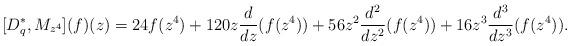
LaTeX: \begin{align*} [D^{*}_{q},M_{z^4}](f)(z)=24f(z^4)+120z\frac{d}{dz}(f(z^4))+56z^2\frac{d^2}{dz^2}(f(z^4))+16 z^3\frac{d^3}{dz^3}(f(z^4)).\\ \end{align*}